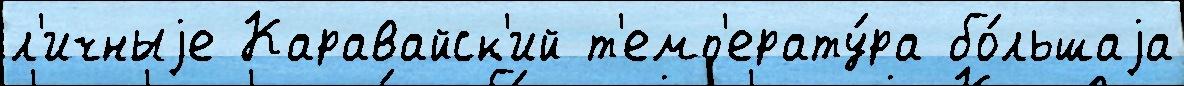
л'ичныjе Каравайск'ий т'емп'ерату́ра бо́льшаjа